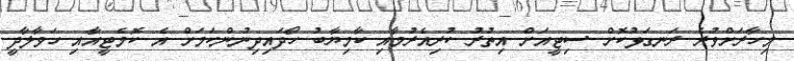
މިހާރަށްވުރެ ރަނގަޅުކޮށް ސިޓީއަށް އިތުރު ކުރިއެރުމާއި ކާމިޔާބު ހޯދައިދިނުންކަމަށް އެ ކޮމެޓީއާއި ހަވާލާދީ